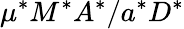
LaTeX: \mu^{*}M^{*}A^{*}/a^{*}D^{*}